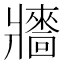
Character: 𤖠